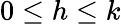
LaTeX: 0\leq h\leq k